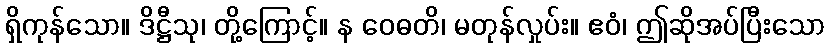
ရှိကုန်သော။ ဒိဋ္ဌီသု၊ တို့ကြောင့်။ န ဝေဓတိ၊ မတုန်လှုပ်း။ ဧဝံ၊ ဤဆိုအပ်ပြီးသော